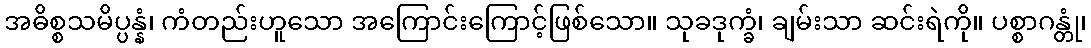
အဓိစ္စသမိပ္ပန္နံ၊ ကံတည်းဟူသော အကြောင်းကြောင့်ဖြစ်သော။ သုခဒုက္ခံ၊ ချမ်းသာ ဆင်းရဲကို။ ပစ္စာဂန္တုံ၊